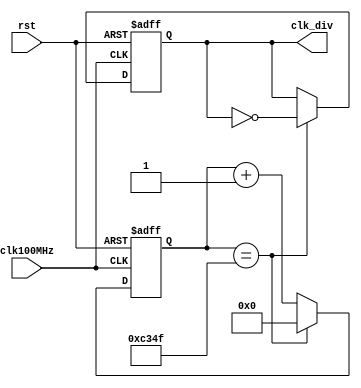
`timescale 1ns / 1ps
//////////////////////////////////////////////////////////////////////////////////
// Company: 
// Engineer: 
// 
// Design Name: 
// Module Name: frequency_divider
// Project Name: 
// Target Devices: 
// Tool Versions: 
// Description: 
// 
// Dependencies: 
// 
// Revision:
// Revision 0.01 - File Created
// Additional Comments:
// 
//////////////////////////////////////////////////////////////////////////////////


module frequency_divider
    # ( parameter
        freq = 1000
    )
    (
        input  wire clk100MHz, // input clock 100 MHz
        input  wire rst,       // async reset active high
        output reg  clk_div    // output clock
    );

    // when the counter should restart from zero
    localparam LOOP_COUNTER_AT = 100_000_000 / freq / 2 ;
    
    reg [clog2(LOOP_COUNTER_AT)-1:0] count;

    always @( posedge(clk100MHz), posedge(rst) )
    begin

        if(rst)
        begin : counter_reset
            count   <= #1 0;
            clk_div <= #1 1'b0;
        end

        else
        begin : counter_operate

            if (count == (LOOP_COUNTER_AT - 1))
            begin : counter_loop
                count   <= #1 0;
                clk_div <= #1 ~clk_div;
            end

            else
            begin : counter_increment
                count   <= #1 count + 1;
                clk_div <= #1 clk_div;
            end

        end
    end

    // function to calculate number of bits necessary to store the number
    // (ceiling of base 2 logarithm)
    function integer clog2(input integer number);
        begin
            clog2 = 0;
            while (number)
            begin
                clog2  = clog2 + 1;
                number = number >> 1;
            end
        end
    endfunction
endmodule